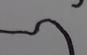
Signature authenticity: forged